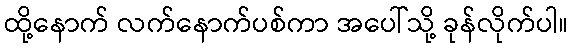
ထို့နောက် လက်နောက်ပစ်ကာ အပေါ်သို့ ခုန်လိုက်ပါ။